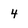
Character: 4